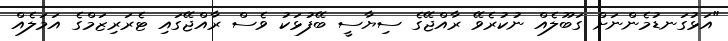
"އަޅުގަނޑުމެންނަށް ގަބޫލެއް ނުކުރެވޭ ރާއްޖޭގެ ސިޔާސީ ބޭފުޅަކު ވެސް ރާއްޖޭގައި ޓެރަރިޒަމްގެ އަމަލެއް